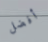
أفضل